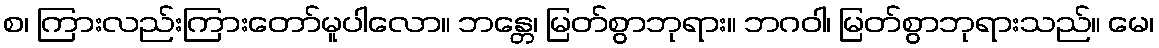
စ၊ ကြားလည်းကြားတော်မူပါလော။ ဘန္တေ၊ မြတ်စွာဘုရား။ ဘဂဝါ၊ မြတ်စွာဘုရားသည်။ မေ၊